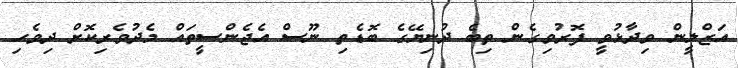
އަޒްލީން ވިދާޅުވީ ފޮރުވިގެން ތިބެ ދުނިޔޭގެ ބޮޑެތި ނޫސް އެޖެންސީތައް މެދުވެރިކޮށް ދިވެހި